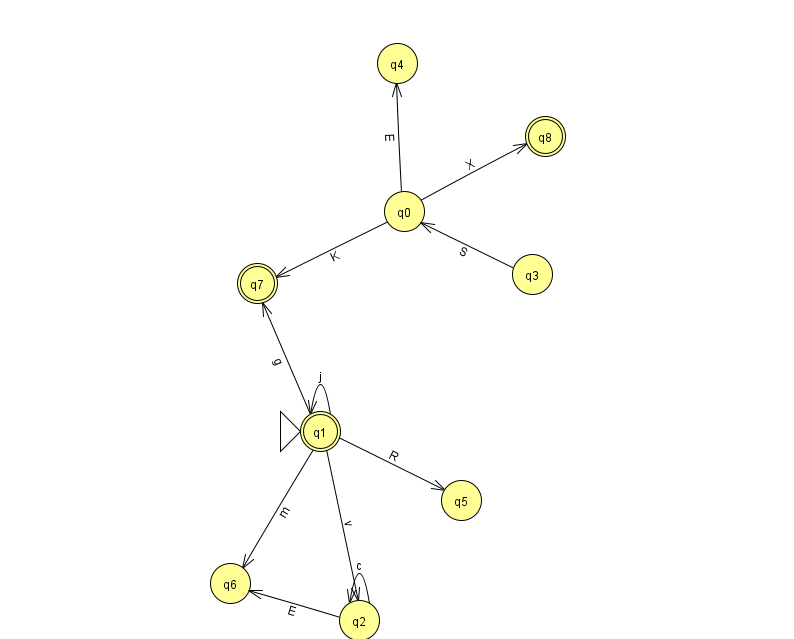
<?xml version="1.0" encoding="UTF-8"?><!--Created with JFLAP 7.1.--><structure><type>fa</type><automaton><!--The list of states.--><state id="0" name="q0"><x>404.0</x><y>198.0</y></state><state id="1" name="q1"><x>320.0</x><y>418.0</y><initial/><final/></state><state id="2" name="q2"><x>359.0</x><y>607.0</y></state><state id="3" name="q3"><x>532.0</x><y>261.0</y></state><state id="4" name="q4"><x>397.0</x><y>50.0</y></state><state id="5" name="q5"><x>461.0</x><y>487.0</y></state><state id="6" name="q6"><x>230.0</x><y>570.0</y></state><state id="7" name="q7"><x>257.0</x><y>270.0</y><final/></state><state id="8" name="q8"><x>545.0</x><y>123.0</y><final/></state><!--The list of transitions.--><transition><from>0</from><to>7</to><read>K</read></transition><transition><from>1</from><to>6</to><read>m</read></transition><transition><from>2</from><to>2</to><read>c</read></transition><transition><from>3</from><to>0</to><read>S</read></transition><transition><from>0</from><to>4</to><read>E</read></transition><transition><from>1</from><to>5</to><read>R</read></transition><transition><from>2</from><to>6</to><read>E</read></transition><transition><from>0</from><to>8</to><read>X</read></transition><transition><from>1</from><to>1</to><read>j</read></transition><transition><from>1</from><to>2</to><read>v</read></transition><transition><from>1</from><to>7</to><read>g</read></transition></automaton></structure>